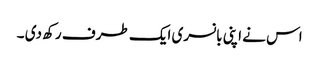
اس نے اپنی بانسری ایک طرف رکھ دی ۔